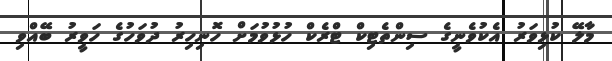
މާލޭ ކުޅިވަރު އެކުވެނީގެ ސިންތެޓިކް ޓްރެކް ހުޅުވުމަށް ހޮނިހިރު ދުވަހުގެ ހަވީރު ބޭއްވި